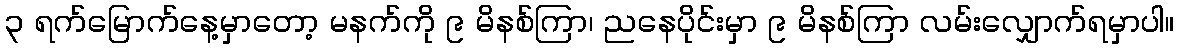
၃ ရက်မြောက်နေ့မှာတော့ မနက်ကို ၉ မိနစ်ကြာ၊ ညနေပိုင်းမှာ ၉ မိနစ်ကြာ လမ်းလျှောက်ရမှာပါ။